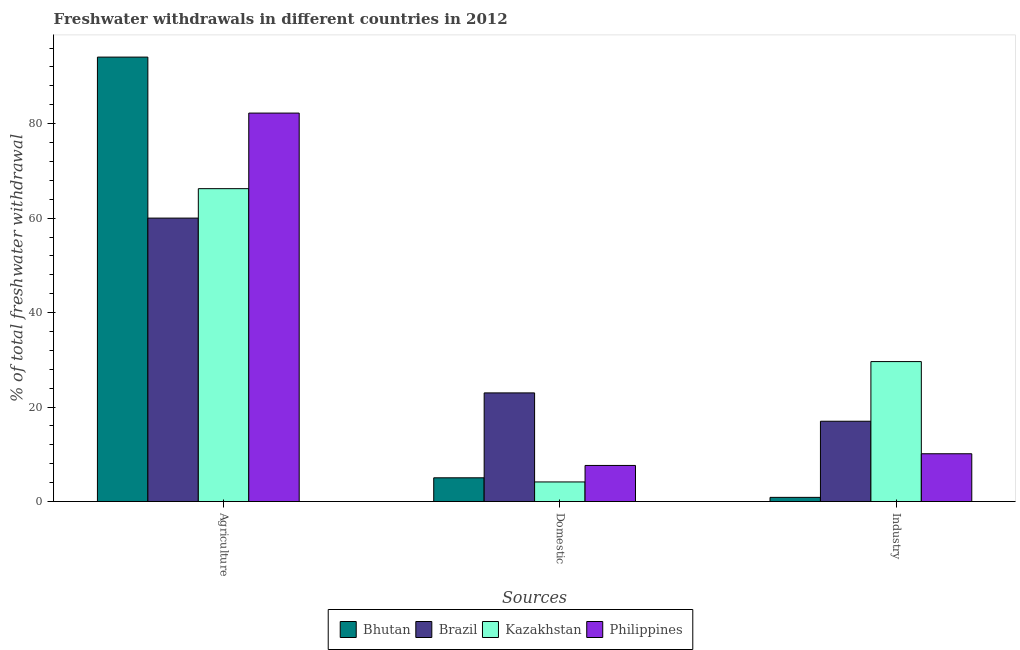
| Sources | Bhutan | Brazil | Kazakhstan | Philippines |
 | --- | --- | --- | --- | --- |
 | Agriculture | 94.1 | 60 | 66.2 | 82.2 |
 | Domestic | 5.03 | 23 | 4.15 | 7.64 |
 | Industry | 0.888 | 17 | 29.6 | 10.1 |